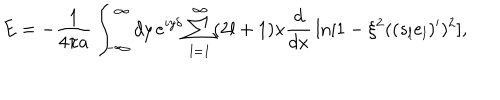
E = - { \frac { 1 } { 4 \pi a } } \int _ { - \infty } ^ { \infty } d y \, e ^ { i y \delta } \sum _ { l = 1 } ^ { \infty } ( 2 l + 1 ) x { \frac { d } { d x } } \ln [ 1 - \xi ^ { 2 } ( ( s _ { l } e _ { l } ) ^ { \prime } ) ^ { 2 } ] ,